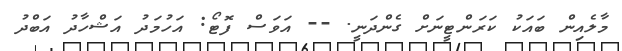
މާލެއިން ބައަކު ކަރަންޓީނަށް ގެންދަނީ. -- އަވަސް ފޮޓޯ: އަހުމަދު އަޝްހާދު އަބްދު